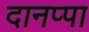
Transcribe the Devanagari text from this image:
दानप्पा